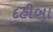
દહીબા